Vaccination in Bombay 1874-1876 - 1874-1876
Year: 1874
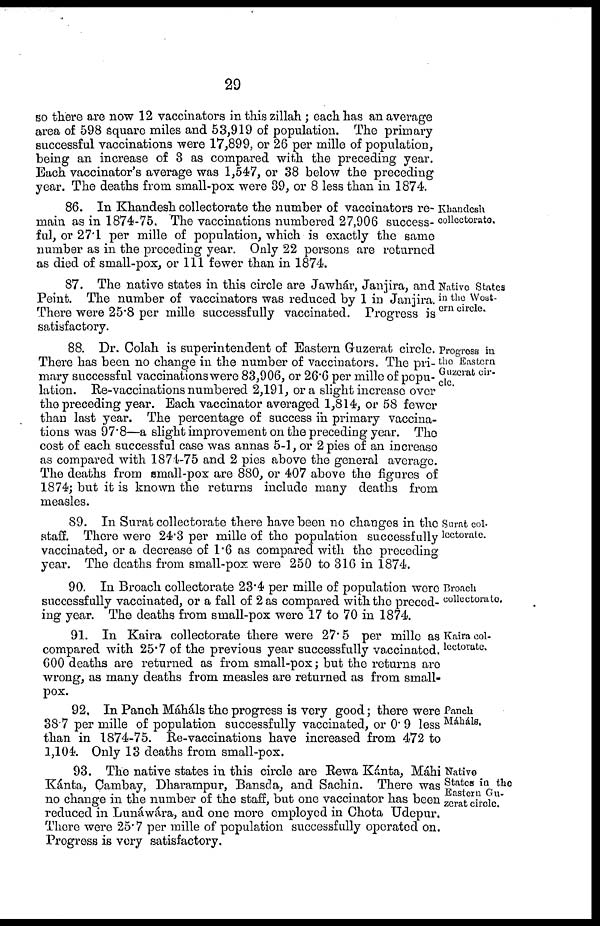
29
so there are now 12 vaccinators in this zillah ; each has an average
area of 598 square miles and 53,919 of population. The primary
successful vaccinations were 17,899, or 26 per mille of population,
being an increase of 3 as compared with the preceding year.
Each vaccinator's average was 1,547, or 38 below the preceding
year. The deaths from small-pox were 39, or 8 less than in 1874.
Khandesh
collectorate.
86. In Khandesh collectorate the number of vaccinators re-
main as in 1874-75. The vaccinations numbered 27,906 success-
ful, or 27.1 per mille of population, which is exactly the same
number as in the preceding year. Only 22 persons are returned
as died of small-pox, or 111 fewer than in 1874.
Native States
in the West-
ern circle.
87. The native states in this circle are Jawhár, Janjira, and
Peint. The number of vaccinators was reduced by 1 in Janjira.
There were 25.8 per mille successfully vaccinated. Progress is
satisfactory.
Progress in
the Eastern
Guzerat cir-
cle.
88. Dr. Colah is superintendent of Eastern Guzerat circle.
There has been no change in the number of vaccinators. The pri-
mary successful vaccinations were 83,906, or 26.6 per mille of popu-
lation. Re-vaccinations numbered 2,191, or a slight increase over
the preceding year. Each vaccinator averaged 1,814, or 58 fewer
than last year. The percentage of success in primary vaccina-
tions was 97.8—a slight improvement on the preceding year. The
cost of each successful case was annas 5-1, or 2 pies of an increase
as compared with 1874-75 and 2 pies above the general average.
The deaths from small-pox are 880, or 407 above the figures of
1874; but it is known the returns include many deaths from
measles.
Surat col-
lectorate.
89. In Surat collectorate there have been no changes in the
staff. There were 24.3 per mille of the population successfully
vaccinated, or a decrease of 1.6 as compared with the preceding
year. The deaths from small-pox were 250 to 316 in 1874.
Broach
collectorate.
90. In Broach collectorate 23.4 per mille of population were
successfully vaccinated, or a fall of 2 as compared with the preced-
ing year. The deaths from small-pox were 17 to 70 in 1874.
Kaira col-
lectorate.
91. In Kaira collectorate there were 27. 5 per mille as
compared with 25.7 of the previous year successfully vaccinated.
600 deaths are returned as from small-pox; but the returns are
wrong, as many deaths from measles are returned as from small-
pox.
Panch
Máháls.
92. In Panch Máháls the progress is very good; there were
38.7 per mille of population successfully vaccinated, or 0.9 less
than in 1874-75. Re-vaccinations have increased from 472 to
1,104. Only 13 deaths from small-pox.
Native
States in the
Eastern Gu-
zerat circle.
93. The native states in this circle are Rewa Kánta, Máhi
Kánta, Cambay, Dharampur, Bansda, and Sachin. There was
no change in the number of the staff, but one vaccinator has been
reduced in Lunáwára, and one more employed in Chota Udepur.
There were 25.7 per mille of population successfully operated on.
Progress is very satisfactory.